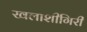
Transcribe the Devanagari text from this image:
खलाशीगिरी